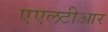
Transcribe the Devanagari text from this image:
एएलटीआर